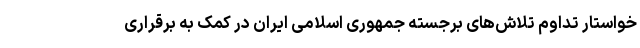
خواستار تداوم تلاش‌های برجسته جمهوری اسلامی ایران در کمک به برقراری